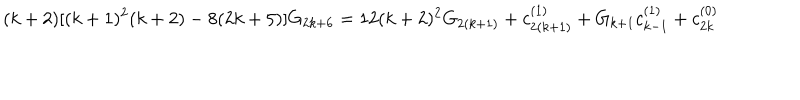
( k + 2 ) [ ( k + 1 ) ^ { 2 } ( k + 2 ) - 8 ( 2 k + 5 ) ] G _ { 2 k + 6 } = 1 2 ( k + 2 ) ^ { 2 } G _ { 2 ( k + 1 ) } + c _ { 2 ( k + 1 ) } ^ { ( 1 ) } + G _ { k + 1 } c _ { k - 1 } ^ { ( 1 ) } + c _ { 2 k } ^ { ( 0 ) }